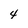
Character: 4